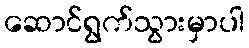
ဆောင်ရွက်သွားမှာပါ